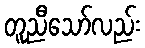
တူညီသော်လည်း